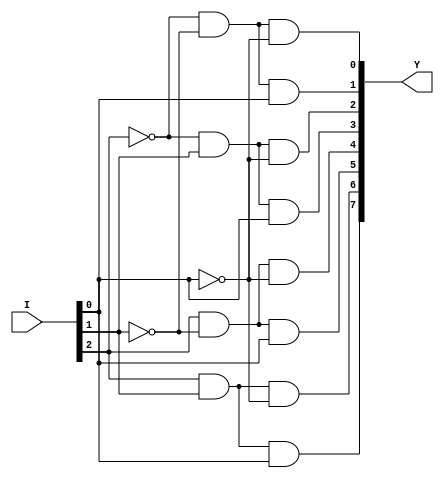
`timescale 1ns / 1ps
//////////////////////////////////////////////////////////////////////////////////
// Company: 
// Engineer: 
// 
// Design Name: 
// Module Name: decoder3to8
// Project Name: 
// Target Devices: 
// Tool Versions: 
// Description: 
// 
// Dependencies: 
// 
// Revision:
// Revision 0.01 - File Created
// Additional Comments:
// 
//////////////////////////////////////////////////////////////////////////////////


module decoder3to8(
    input [2:0] I,
    output [7:0] Y
    );
    assign Y[0]=(~(I[2])&~(I[1])&~(I[0]));
    assign Y[1]=(~(I[2])&~(I[1])&(I[0]));
    assign Y[2]=(~(I[2])&(I[1])&~(I[0]));
    assign Y[3]=(~(I[2])&(I[1])&(I[0]));
    assign Y[4]=((I[2])&~(I[1])&~(I[0]));
    assign Y[5]=((I[2])&~(I[1])&(I[0]));
    assign Y[6]=((I[2])&(I[1])&~(I[0]));
    assign Y[7]=((I[2])&(I[1])&(I[0]));
endmodule